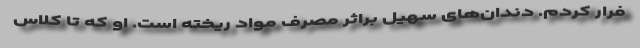
فرار کردم. دندان‌های سهیل براثر مصرف مواد ریخته است. او که تا کلاس